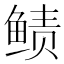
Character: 𱇵